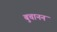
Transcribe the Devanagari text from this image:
बुचानन